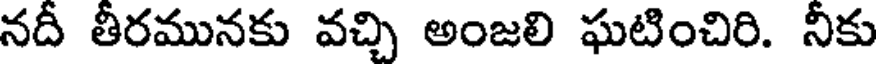
నదీ తీరమునకు వచ్చి అంజలి ఘటించిరి. నీకు